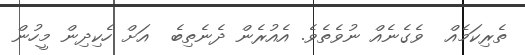
ތެރިކަމެއް  ވެގެނެއް ނުވެތެވެ. އެއުރެން ދެނެތިބެ  އަށް ހެކިދިން މީހުން